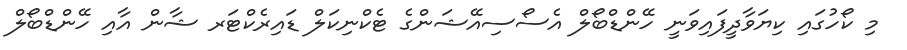
މި ކޯހުގައި ކިޔަވާދީފައިވަނީ ހޭންޑްބޯލް އެސޯސިއޭޝަންގެ ޓެކްނިކަލް ޑައިރެކްޓަރ ޝާން އާއި ހޭންޑްބޯލް